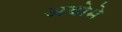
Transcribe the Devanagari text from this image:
अबोमे